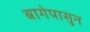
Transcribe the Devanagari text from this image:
बागेपासुन